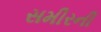
સમીરની